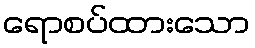
ရောစပ်ထားသော